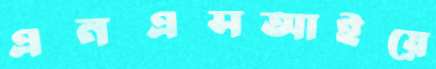
এনএসআইয়ে